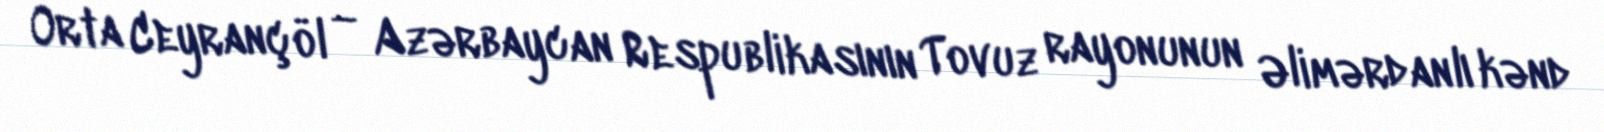
Orta Ceyrançöl — Azərbaycan Respublikasının Tovuz rayonunun Əlimərdanlı kənd